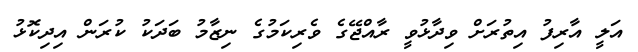
އަލީ އާރިފު އިތުރަށް ވިދާޅުވީ ރާއްޖޭގެ ވެރިކަމުގެ ނިޒާމު ބަދަކު ކުރަން އިދިކޮޅު